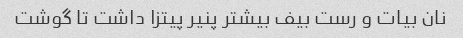
نان بیات و رست بیف بیشتر پنیر پیتزا داشت تا گوشت